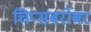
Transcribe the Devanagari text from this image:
चिप्सबरोबर